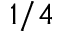
1 / 4